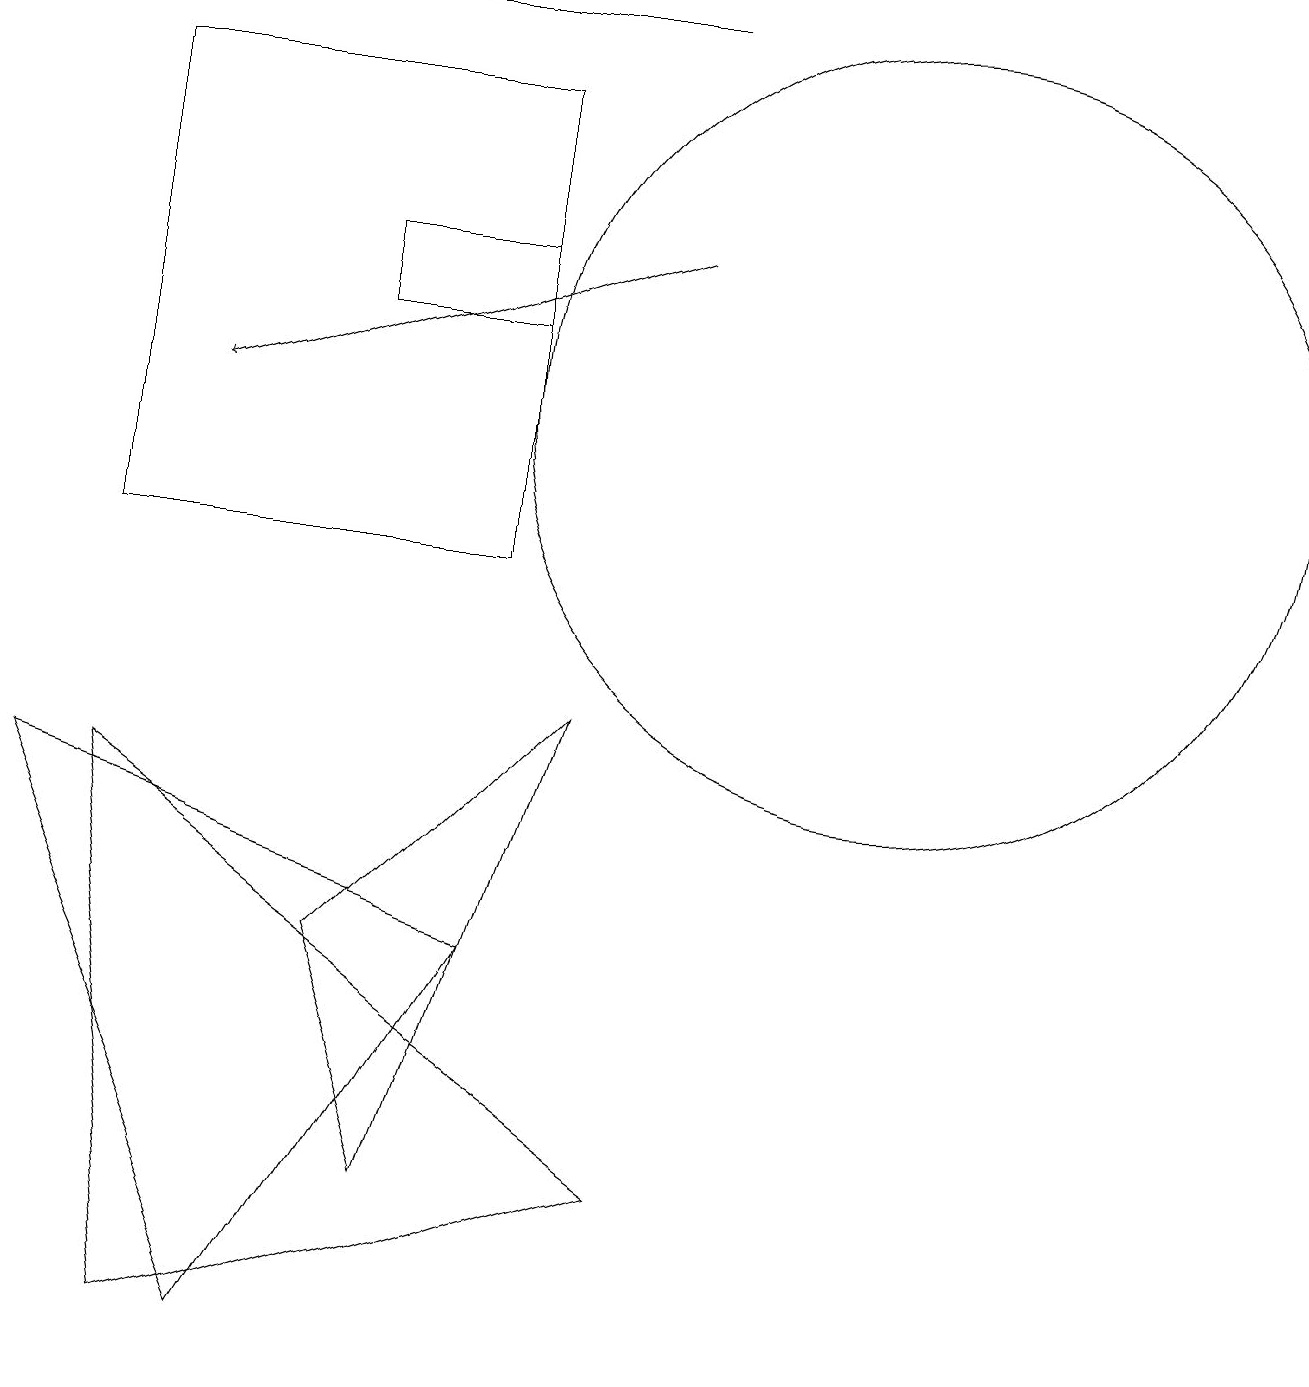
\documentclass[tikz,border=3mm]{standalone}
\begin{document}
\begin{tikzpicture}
\draw (4,13) rectangle (6,14);
\draw (5,2) -- (4,5) -- (7,8) -- cycle;
\draw (8,2) -- (1,7) -- (2,0) -- cycle;
\draw[->] (8,14) -- (2,12);
\draw (1,17) rectangle (8,17);
\draw (6,5) -- (0,7) -- (3,0) -- cycle;
\draw (6,16) rectangle (1,10);
\draw (11,12) circle (5);
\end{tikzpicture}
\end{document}